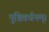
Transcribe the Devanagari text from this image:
पुष्टिवर्धनम्।